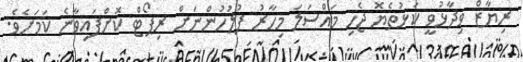
ރިޔާޒް ވިދާޅުވީ ކަޅުތެޔޮ ޖެހި މައްސަލަ މިހާރު ފުލުހުންނަށް ރިޕޯޓް ކޮށްފައިވާނެ ކަމަށެެވެ.